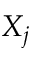
X _ { j }